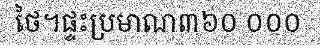
ថៃ។ផ្ទះប្រមាណ៣៦០ ០០០